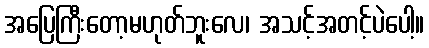
အပြေကြီးတော့မဟုတ်ဘူးလေ၊ အသင့်အတင့်ပဲပေါ့။